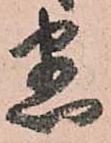
悉